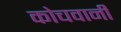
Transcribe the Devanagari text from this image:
कोचवानी